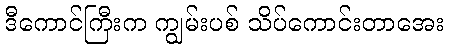
ဒီကောင်ကြီးက ကျွမ်းပစ် သိပ်ကောင်းတာအေး